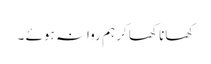
کھانا کھا کر ہم روانہ ہوئے ۔